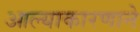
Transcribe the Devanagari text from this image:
आल्याकारणाने